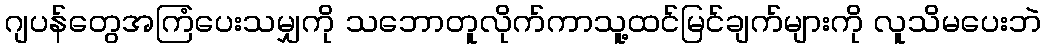
ဂျပန်တွေအကြံပေးသမျှကို သဘောတူလိုက်ကာသူ့ထင်မြင်ချက်များကို လူသိမပေးဘဲ